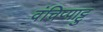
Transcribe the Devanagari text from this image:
वंचिप्पाट्टु